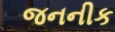
જનનીક